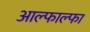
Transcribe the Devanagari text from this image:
आल्फाल्फा